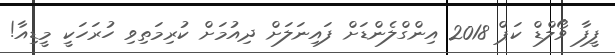
ފީފާ ވޯލްޑް ކަޕް 2018 އިންގްލެންޑަށް ފައިނަލަށް ދިއުމަށް ކުރިމަތިވި ހުރަހަކީ މީޑިއާ!